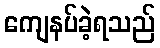
ကျေနပ်ခဲ့ရသည်